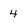
Character: 4